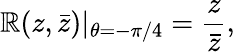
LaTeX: \mathbb{R}(z,\bar{{z}})|_{\theta=-\pi/4}=\frac{{z}}{{\bar{{z}}}},